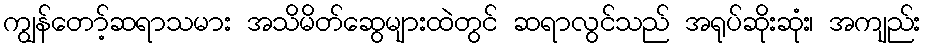
ကျွန်တော့်ဆရာသမား အသိမိတ်ဆွေများထဲတွင် ဆရာလွင်သည် အရုပ်ဆိုးဆုံး၊ အကျည်း